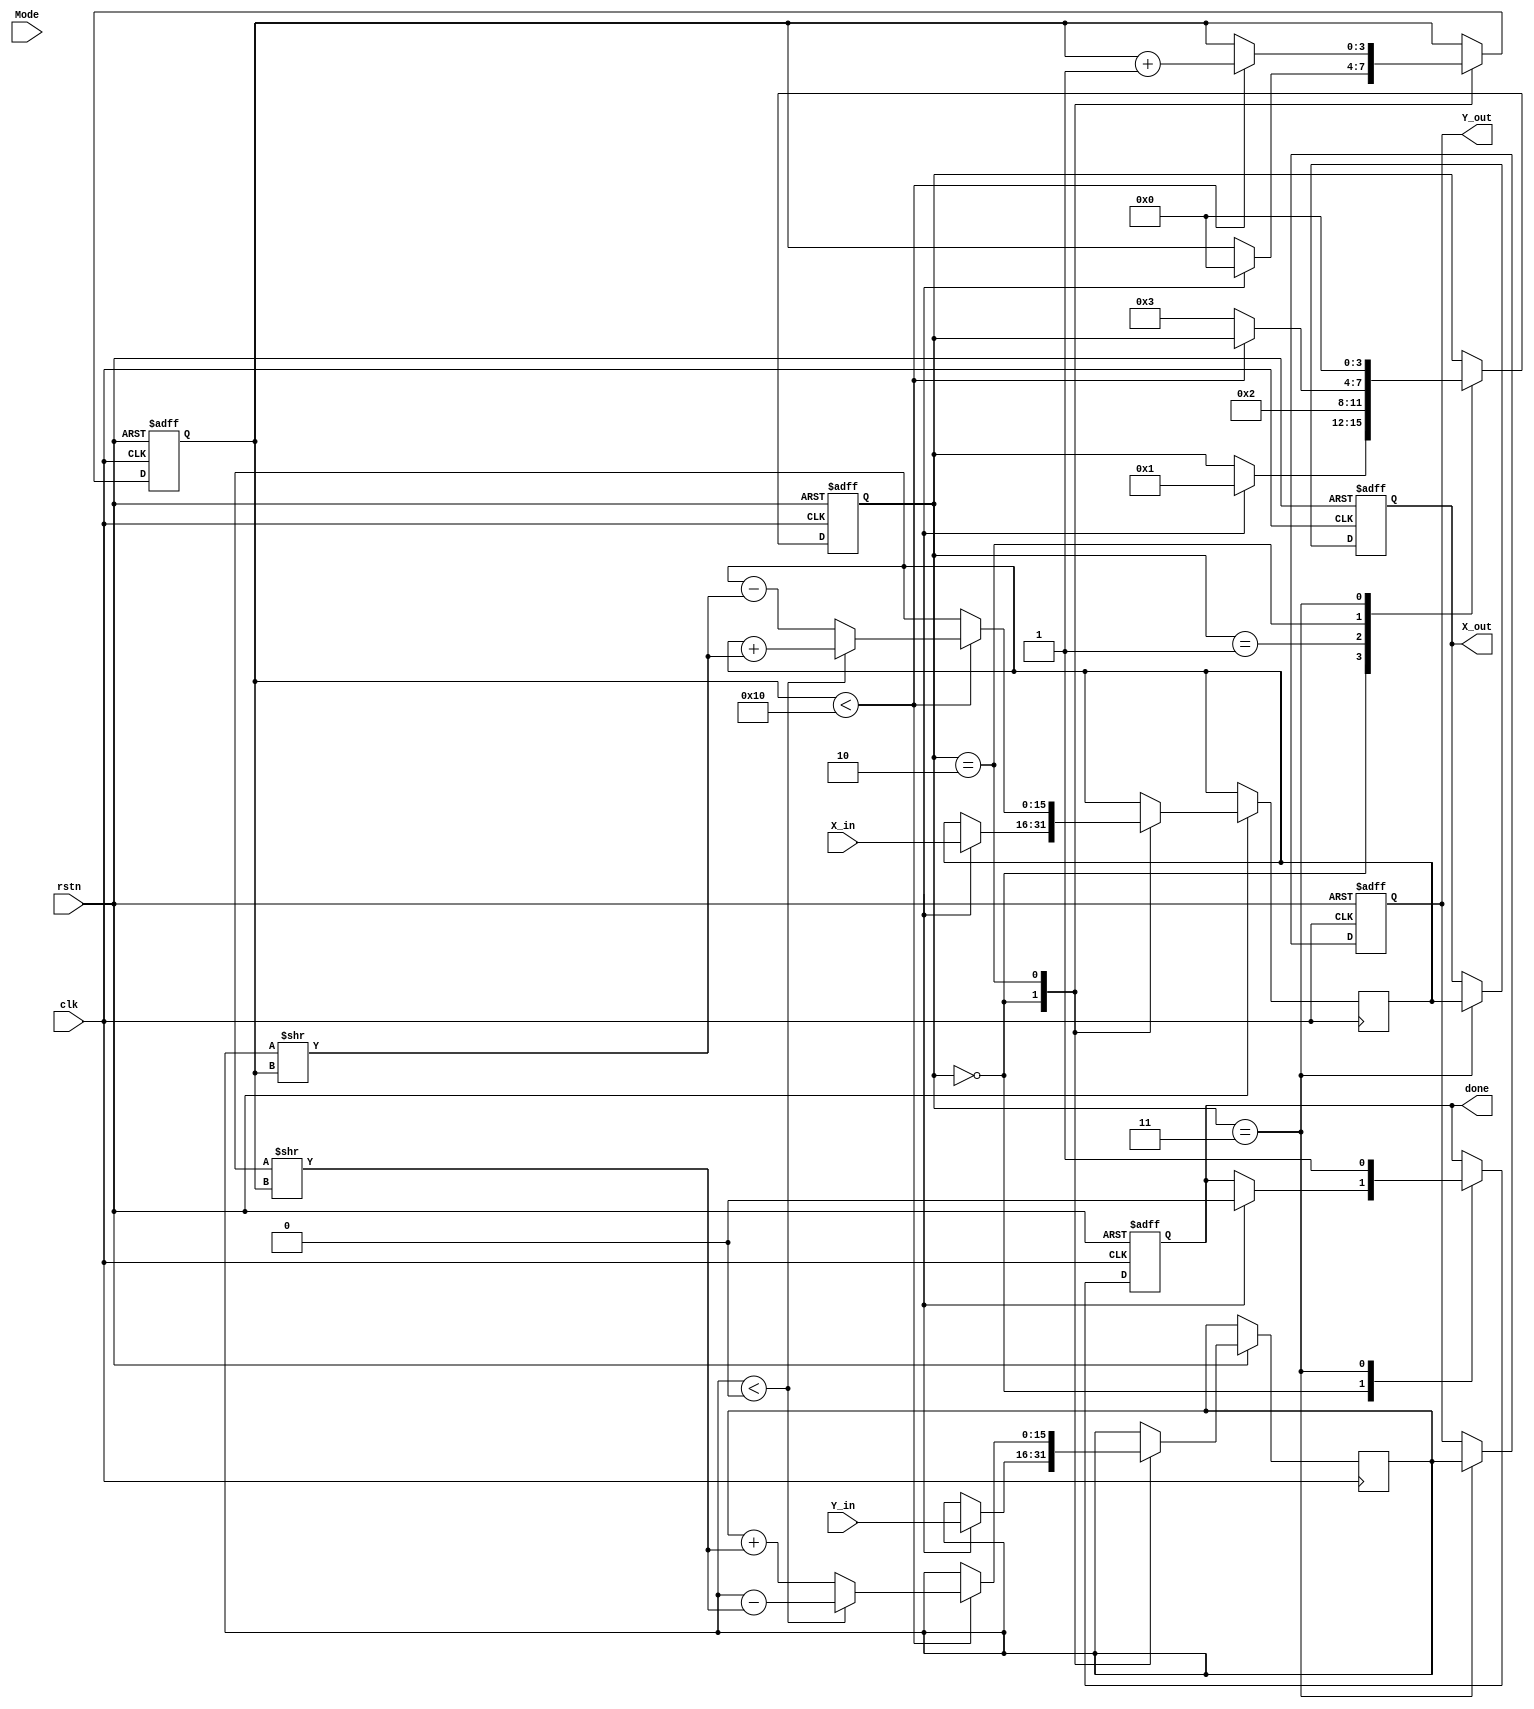
module hyperbolic_cordic (
    input wire clk,
    input wire rstn,
    input wire [15:0] X_in,   // Input value for sinh/cosh
    input wire [15:0] Y_in,   // Secondary input for functions like tanh
    input wire [2:0] Mode,    // Control signal for operation mode
    output reg [15:0] X_out,   // Output value
    output reg [15:0] Y_out,   // Secondary output
    output reg done           // Operation complete signal
);

    // Parameters
    parameter NUM_ITERATIONS = 16;  // Number of iterations for CORDIC
    parameter ANGLE_TABLE_SIZE = NUM_ITERATIONS;

    // Internal Registers
    reg [15:0] x[0:NUM_ITERATIONS];  // X values
    reg [15:0] y[0:NUM_ITERATIONS];  // Y values
    reg [15:0] angle[0:ANGLE_TABLE_SIZE-1]; // Angle lookup table
    reg [3:0] state;                  // FSM state
    reg [3:0] iter;                  // Iteration counter
    reg [15:0] current_x, current_y; // Current X and Y values
    reg [2:0] current_mode;          // Current operation mode
    reg start_operation;              // Start flag

    // Initialize angle table values in initial block
    initial begin
        angle[0] = 16'b0000000000000000; // 0 rad
        angle[1] = 16'b0000001100010010; // 0.414213562
        angle[2] = 16'b0000010011011000; // 0.197488399
        // Add remaining angle values...
    end

    // FSM for managing the state of the CORDIC operations
    always @(posedge clk or negedge rstn) begin
        if (!rstn) begin
            state <= 0;
            iter <= 0;
            done <= 0;
            X_out <= 0;
            Y_out <= 0;
        end else begin
            case (state)
                0: begin // Idle State
                    if (start_operation) begin
                        state <= 1; // Go to initialization
                        current_x <= X_in;
                        current_y <= Y_in;
                        iter <= 0;
                        done <= 0;
                    end
                end
                1: begin // Initialization State
                    // Set initial values based on mode
                    // Reset X and Y if necessary
                    state <= 2; // Move to iteration state
                end
                2: begin // Iteration State
                    if (iter < NUM_ITERATIONS) begin
                        // Hyperbolic rotation logic
                        if (current_y < 0) begin
                            current_x <= current_x + (current_y >> iter);
                            current_y <= current_y - (current_x >> iter);
                        end else begin
                            current_x <= current_x - (current_y >> iter);
                            current_y <= current_y + (current_x >> iter);
                        end
                        iter <= iter + 1;
                    end else begin
                        state <= 3; // Move to output state
                    end
                end
                3: begin // Output State
                    X_out <= current_x;
                    Y_out <= current_y;
                    done <= 1; // Signal that operation is complete
                    state <= 0; // Go back to idle
                end
            endcase
        end
    end

    // Start operation signal generation (could be synchronous with other logic)
    always @(posedge clk) begin
        if (done == 0) begin
            // Logic to initiate operation (could be from another module or signal)
            // start_operation <= 1; // Example: start the operation
        end
    end

endmodule